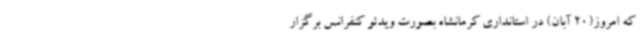
که امروز(20 آبان) در استانداری کرمانشاه بصورت ویدئو کنفرانس برگزار